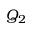
Q _ { 2 }